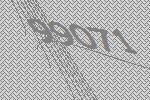
99071